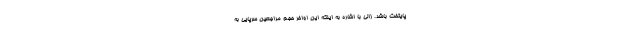
پایتخت باشد. زالی با اشاره به اینکه این اواخر حجم مراجعین سرپایی به